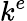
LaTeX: k^{e}